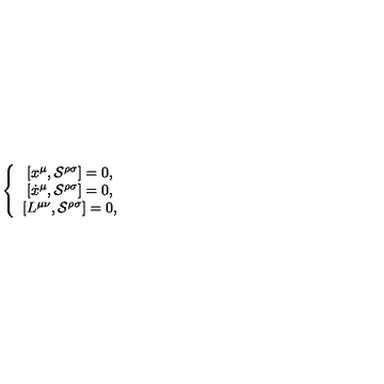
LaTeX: \left\{ \begin{array} { c } { \left[ x ^ { \mu } , \mathcal { S } ^ { \rho \sigma } \right] = 0 , } \\ { \left[ \dot { x } ^ { \mu } , \mathcal { S ^ { \rho \sigma } } \right] = 0 , } \\ { \left[ L ^ { \mu \nu } , \mathcal { S ^ { \rho \sigma } } \right] = 0 , } \\ \end{array} \right.